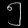
Digit: ၅